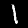
Digit: 1